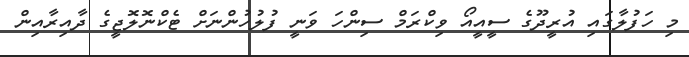
މި ހަފުލާގައި އުރީދޫގެ ސީއީއޯ ވިކްރަމް ސިންހަ ވަނީ ފުލުހުންނަށް ޓެކްނޮލޮޖީގެ ދާއިރާއިން